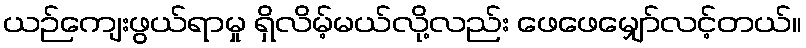
ယဉ်ကျေးဖွယ်ရာမှု ရှိလိမ့်မယ်လို့လည်း ဖေဖေမျှော်လင့်တယ်။